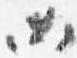
如